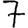
Digit: 7